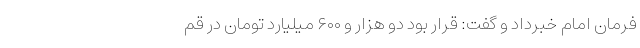
فرمان امام خبرداد و گفت: قرار بود دو هزار و ۶۰۰ میلیارد تومان در قم